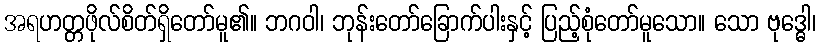
အရဟတ္တဖိုလ်စိတ်ရှိတော်မူ၏။ ဘဂဝါ၊ ဘုန်းတော်ခြောက်ပါးနှင့် ပြည့်စုံတော်မူသော။ သော ဗုဒ္ဓေါ၊